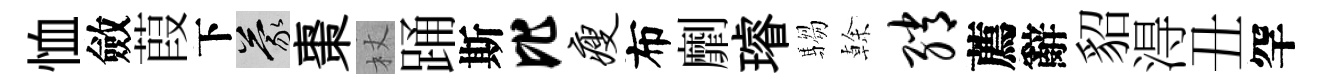
恤斂葭下蒙棗杖踊斯比瘦布劘璿騶𠏉绡薦辭貂淂丑罕